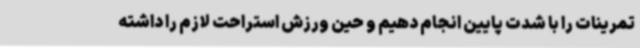
تمرینات را با شدت پایین انجام دهیم و حین ورزش استراحت لازم را داشته